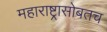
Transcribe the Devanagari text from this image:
महाराष्ट्रासोबतच